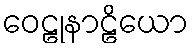
ဝေဠုနာဠိယော